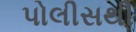
પોલીસથી